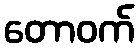
တောဝက်